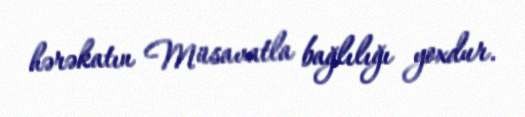
hərəkatın Müsavatla bağlılığı yoxdur.